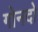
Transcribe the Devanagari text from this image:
गोनदो